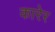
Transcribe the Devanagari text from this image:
कारेर